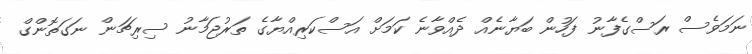
ނަމަވެސް ރަސްގެފާނު ފަހުން ބަޔާނެއް ދެއްވާނެ ކަމަށް އަސްކަރިއްޔާގެ ތަރުޖަމާނު ސިރިޗަން ނަގަތޮންގް